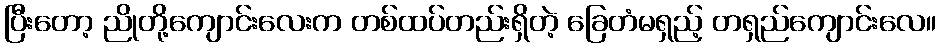
ပြီးတော့ ညိုတို့ကျောင်းလေးက တစ်ထပ်တည်းရှိတဲ့ ခြေတံမရှည့် တရှည်ကျောင်းလေ။